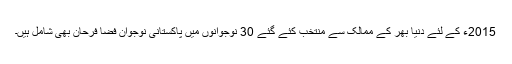
2015ء کے لئے دنیا بھر کے ممالک سے منتخب کئے گئے 30 نوجوانوں میں پاکستانی نوجوان فضا فرحان بھی شامل ہیں۔